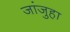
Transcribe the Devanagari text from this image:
जांजुहा